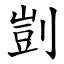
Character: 剴